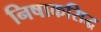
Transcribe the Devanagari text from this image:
निषाकसिद्ध